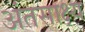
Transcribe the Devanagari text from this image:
अंतसाक्ष्य